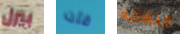
بيرل قلت النهايه